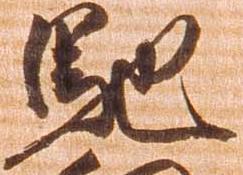
馳